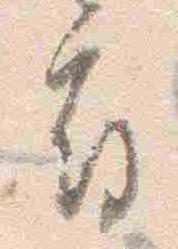
府